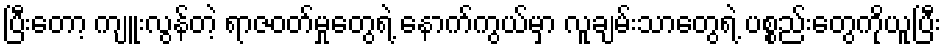
ပြီးတော့ ကျူးလွန်တဲ့ ရာဇဝတ်မှုတွေရဲ့ နောက်ကွယ်မှာ လူချမ်းသာတွေရဲ့ ပစ္စည်းတွေကိုယူပြီး